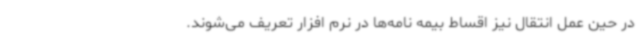
در حین عمل انتقال نیز اقساط بیمه نامه‌ها در نرم افزار تعریف می‌شوند.